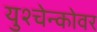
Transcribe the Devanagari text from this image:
युश्चेन्कोवर